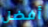
أفضل